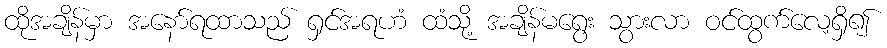
ထိုအချိန်မှာ အနော်ရထာသည် ရှင်အရဟံ ထံသို့ အချိန်မရွေး သွားလာ ဝင်ထွက်လေ့ရှိ၍